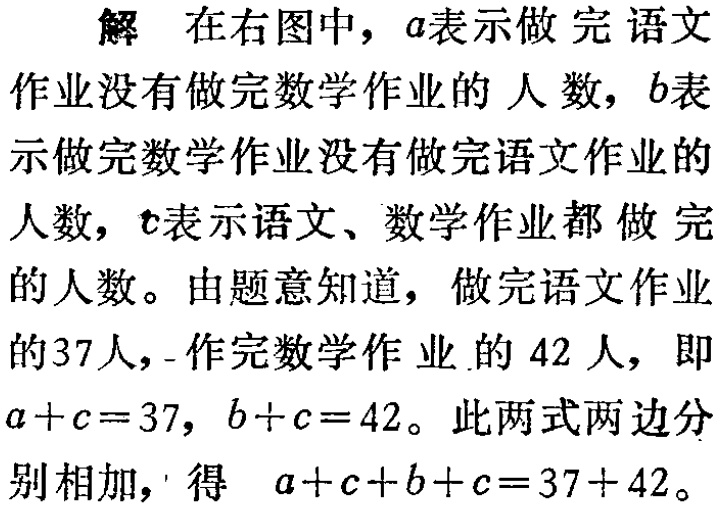
解 在右图中，$a$表示做完语文

作业没有做完数学作业的人数，$b$表

示做完数学作业没有做完语文作业的

人数，$c$表示语文、数学作业都做完

的人数。由题意知道，做完语文作业

的37人，作完数学作业的42人，即

$a + c = 37$，$b + c = 42$。此两式两边分

别相加，得 $a + c + b + c = 37 + 42$。